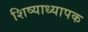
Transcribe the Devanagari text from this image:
शिष्याध्यापक